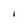
Character: I